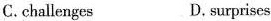
C.challenges D.surprises